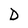
Character: D